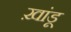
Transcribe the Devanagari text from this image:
ख़ांडू